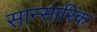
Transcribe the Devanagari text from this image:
सान्सारिक